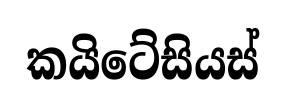
කයිටේසියස්